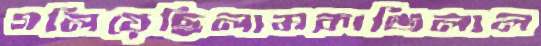
গলিয়েছিলামকাঞ্জিলাল